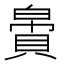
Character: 𬥝